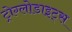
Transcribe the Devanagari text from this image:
ट्रोग्लोडाइट्स